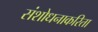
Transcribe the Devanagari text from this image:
संशोधनाकरिता